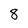
Character: 8